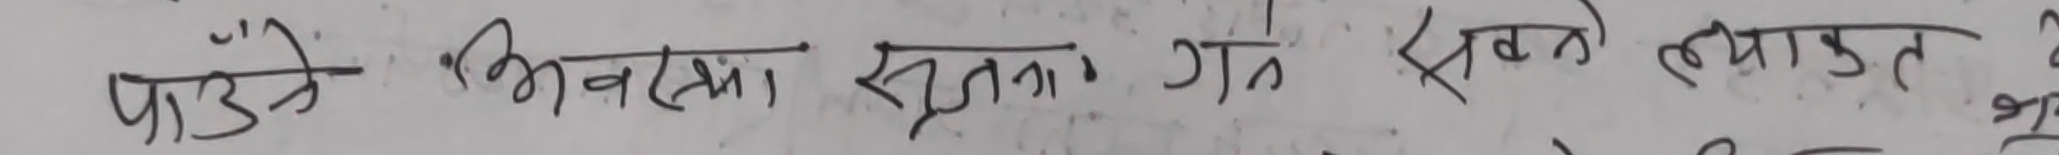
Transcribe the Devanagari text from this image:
पाउने भिन्नता सूत्रतः गर्न सक्ने ब्याक्त र